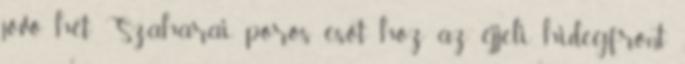
jövő hét Szaharai poros esőt hoz az éjjeli hidegfront